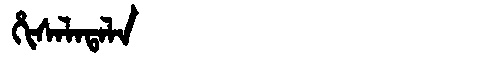
Manchu: ᡥᡳᠰᠠᠯᠠᡨᠠᠯᠠ
Romanization: HISALATALA